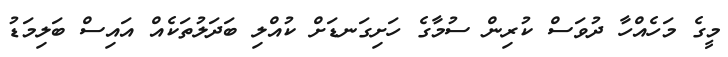
މީގެ މަހެއްހާ ދުވަސް ކުރިން ސުމާގެ ހަށިގަނޑަށް ކުއްލި ބަދަލުތަކެއް އައިސް ބަލިމަޑު